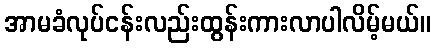
အာမခံလုပ်ငန်းလည်းထွန်းကားလာပါလိမ့်မယ်။